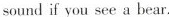
sound if you see a bear.